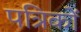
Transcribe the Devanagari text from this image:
पत्रिकों